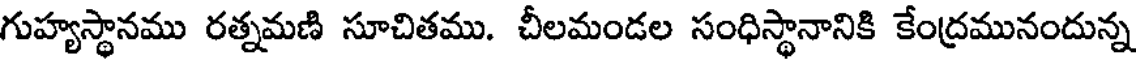
గుహ్యస్థానము రత్నమణి సూచితము. చీలమండల సంధిస్థానానికి కేంద్రమునందున్న